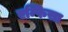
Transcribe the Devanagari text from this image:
एम्फिसा